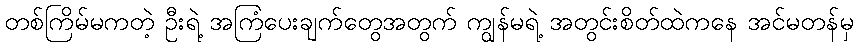
တစ်ကြိမ်မကတဲ့ ဦးရဲ့ အကြံပေးချက်တွေအတွက် ကျွန်မရဲ့ အတွင်းစိတ်ထဲကနေ အင်မတန်မှ